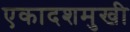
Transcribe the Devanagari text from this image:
एकादशमुखी